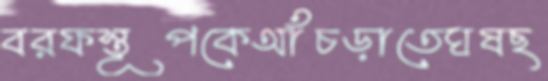
বরফস্তূপকেআঁচড়াতেঘষছ